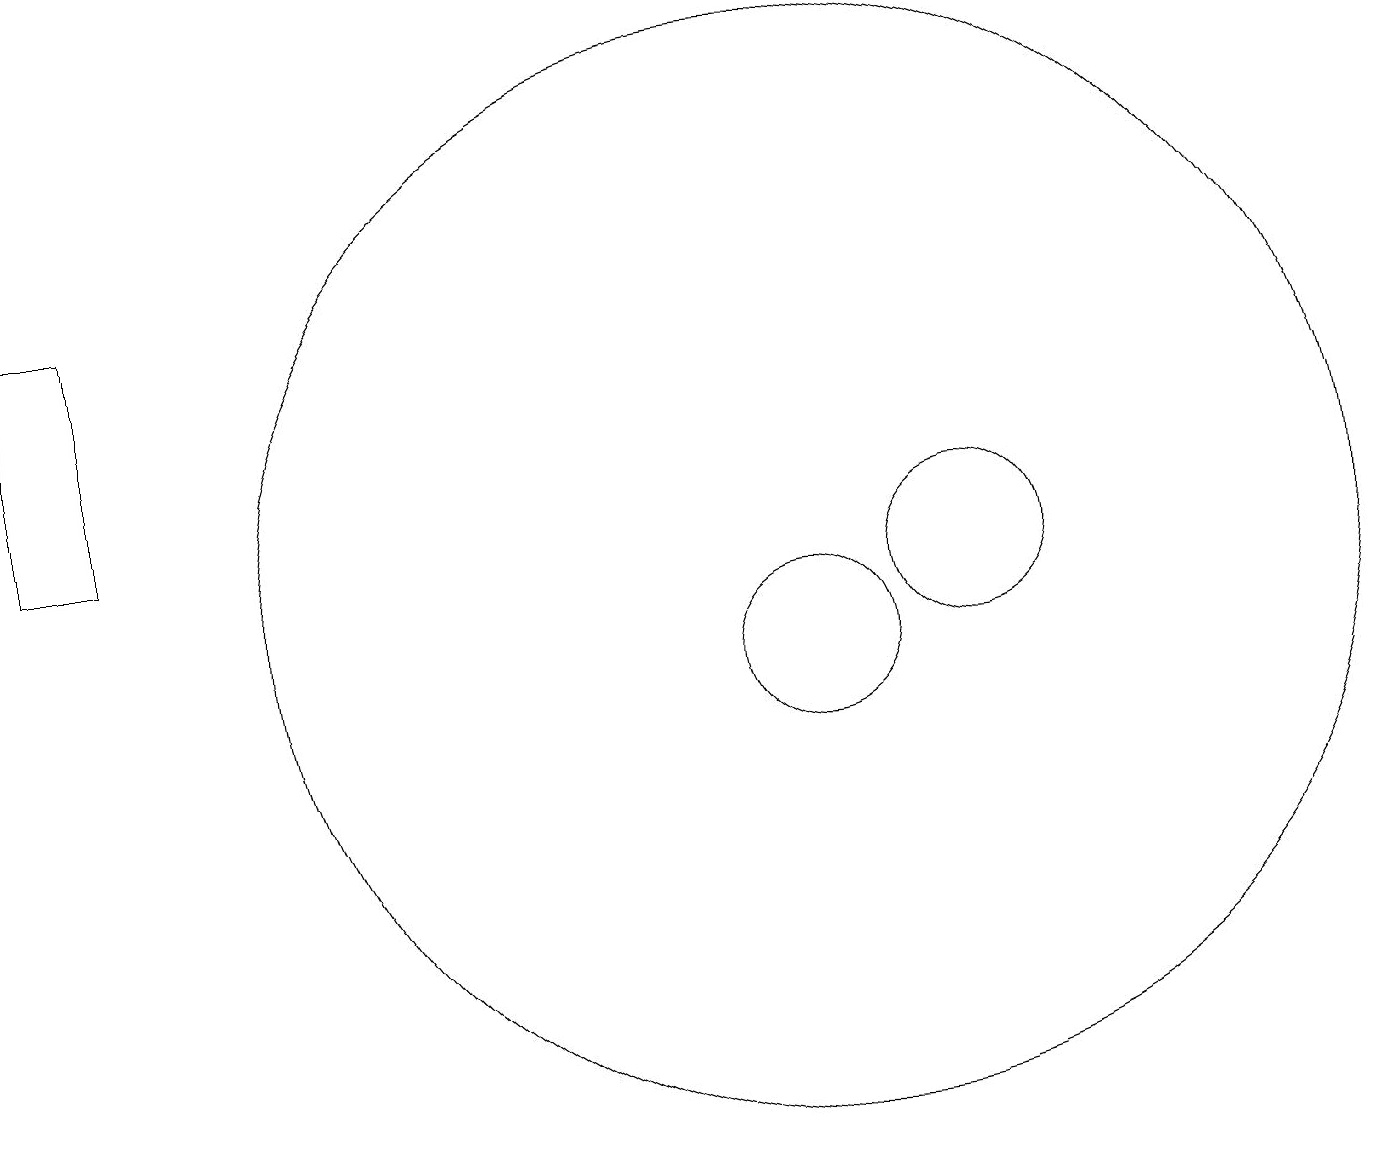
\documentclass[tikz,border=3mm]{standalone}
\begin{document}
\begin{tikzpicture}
\draw (12,11) circle (1);
\draw (0,15) rectangle (1,12);
\draw (10,11) circle (7);
\draw (10,10) circle (1);
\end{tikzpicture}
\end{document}